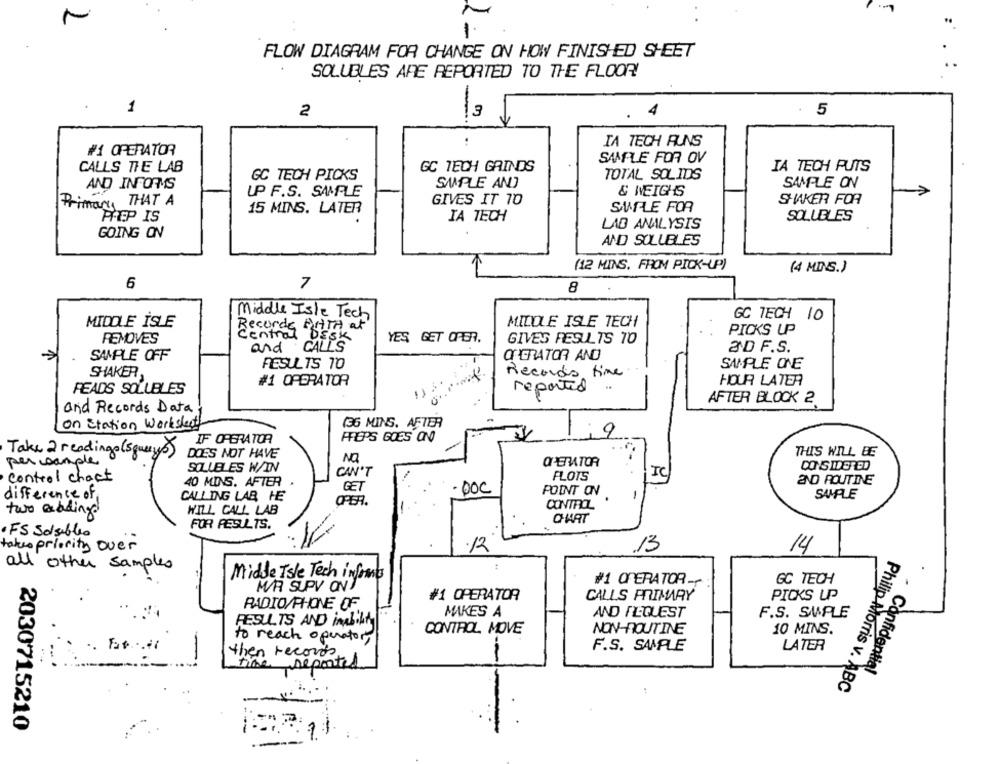
-
1.
FLOW DIAGRAM FOR CHANGE ON HOW FINISHED SHEET
SOLUBLES ARE REPORTED TO THE FLOOR!
1
2
3
4
5
3-
IA TECH RUNS
#1 OPERATOR
SAMPLE FOR OV
CALLS THE LAB
GC TECH GRINDS
IA TECH PUTS
TOTAL SOLIDS
GC TECH PICKS
SAMPLE ANO
SAMPLE ON
AND INFORMS
UP F.S. SAMPLE
& WEIGHS
Primary THAT A
GIVES IT 10
SHAKER FOR
15 MINS. LATER
SALE FOR
"PREP IS
IA TECH
SOLUBLES
LAD ANALYSIS
GOING ON
AND SOLUBLES
(12 MINS. FROM PICK-UP)
(4 MINS.)
6
7
8
Middle Isle Tech
GC TECH 10
MIDDLE İSLE
Records PITA at
MILOLE ISLE TECH
PICKS UP
REMOVES
central DESK
YES GET OFER.
GIVES RESULTS TO
and CALLS
3D F.S.
SAMPLE OFF
OPERATOR AND
RESULTS TO
SAMPLE ONE
SHAKER
Records time
#1 OPERATOR
HOUR LATER
PEADS SOLUBLES
reported
AFTER BLOCK 2.
and Records Data
on station worksheet
(36 MINS. AFTER
9
IF OPERATOR
FFEPS GOES ON
Take 2 readings (squerys)
THIS WILL BE
DOES NOT HAVE
NO
per sample
OPERATOR
CONSIDERED
SOLUBLES W/IN
CAN'T
control chart
FLOTS
IC
aND ROUTINE
40 MINS. AFTER .
GET
. DOC
difference of
POINT ON
SAMPLE
CALLING LAB HE
CONTROL
two reading
WILL CALL LAB
CHAT
FOR RESULTS.
· FS Solubles
takes priority over
.12
13
14
all other samples
Midde Isle Tech informes
GC TECH
M/R SUPV ON)
#1 OPERATOR-
#1 OPERATOR
CALLS PRIMARY
PICKS UP
RADIO/PHONE OF
MAKES A
AND FILQUEST
F.S. SUPLE
RESULTS AND inability
CONTROL MOVE
NON-ROUTINE
10 MINS.
to reach operator
F.S. SAMPLE
LATER
then records.
time reported
. Confidential
Philip Morris v. ABC
2030715210